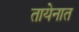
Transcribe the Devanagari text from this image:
तायेनात